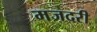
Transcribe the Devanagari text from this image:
मजदरी